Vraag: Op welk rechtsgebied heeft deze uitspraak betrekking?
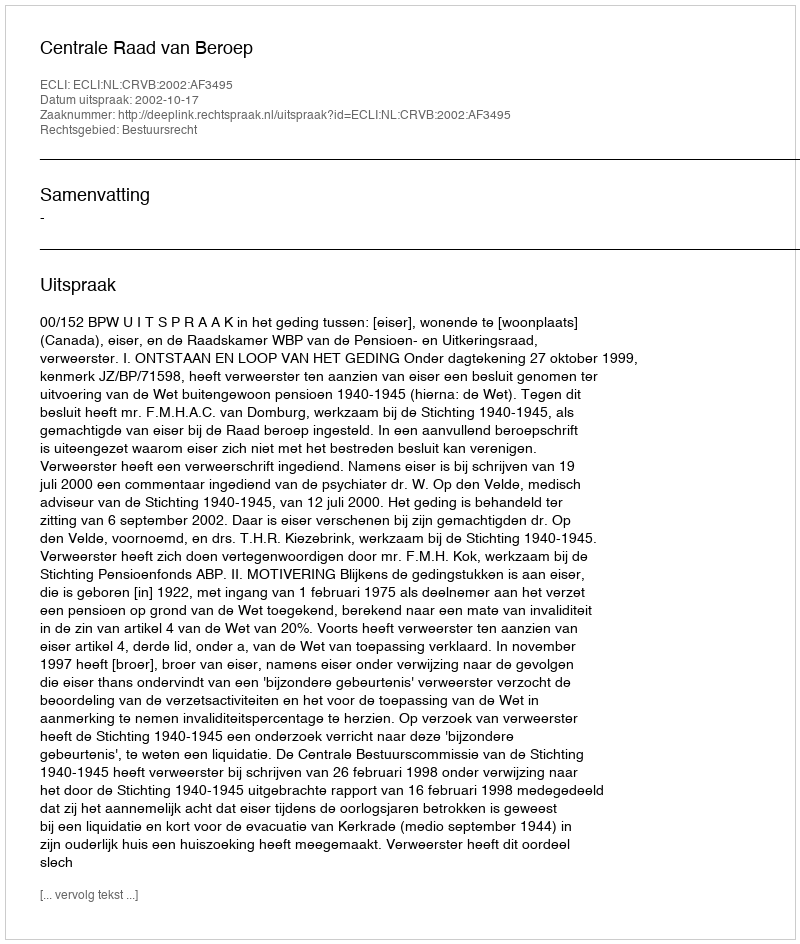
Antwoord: Bestuursrecht